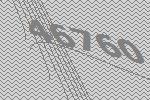
46760